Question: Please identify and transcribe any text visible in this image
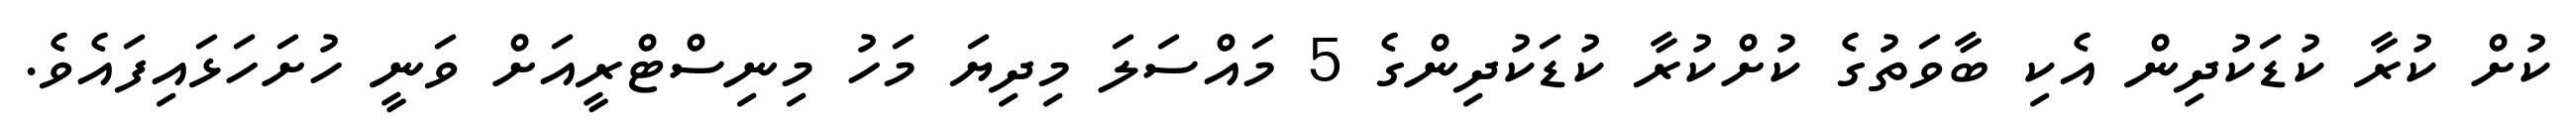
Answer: ކުށް ކުރާ ކުޑަކުދިން އެކި ބާވަތުގެ ކުށްކުރާ ކުޑަކުދިންގެ 5 މައްސަލަ މިދިޔަ މަހު މިނިސްޓްރީއަށް ވަނީ ހުށަހަޅައިފައެވެ.